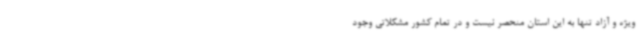
ویژه و آزاد تنها به این استان منحصر نیست و در تمام کشور مشکلاتی وجود